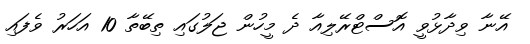
އޭނާ ވިދާޅުވީ އޮސްޓްރޭލިއާ ދެ މީހުން ޖަލުގައި ތިބޭތާ 10 އަހަރު ވެފައި